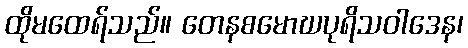
ထိုမထေရ်သည်။ တေနစမောဃပုရိသဝါဒေန၊